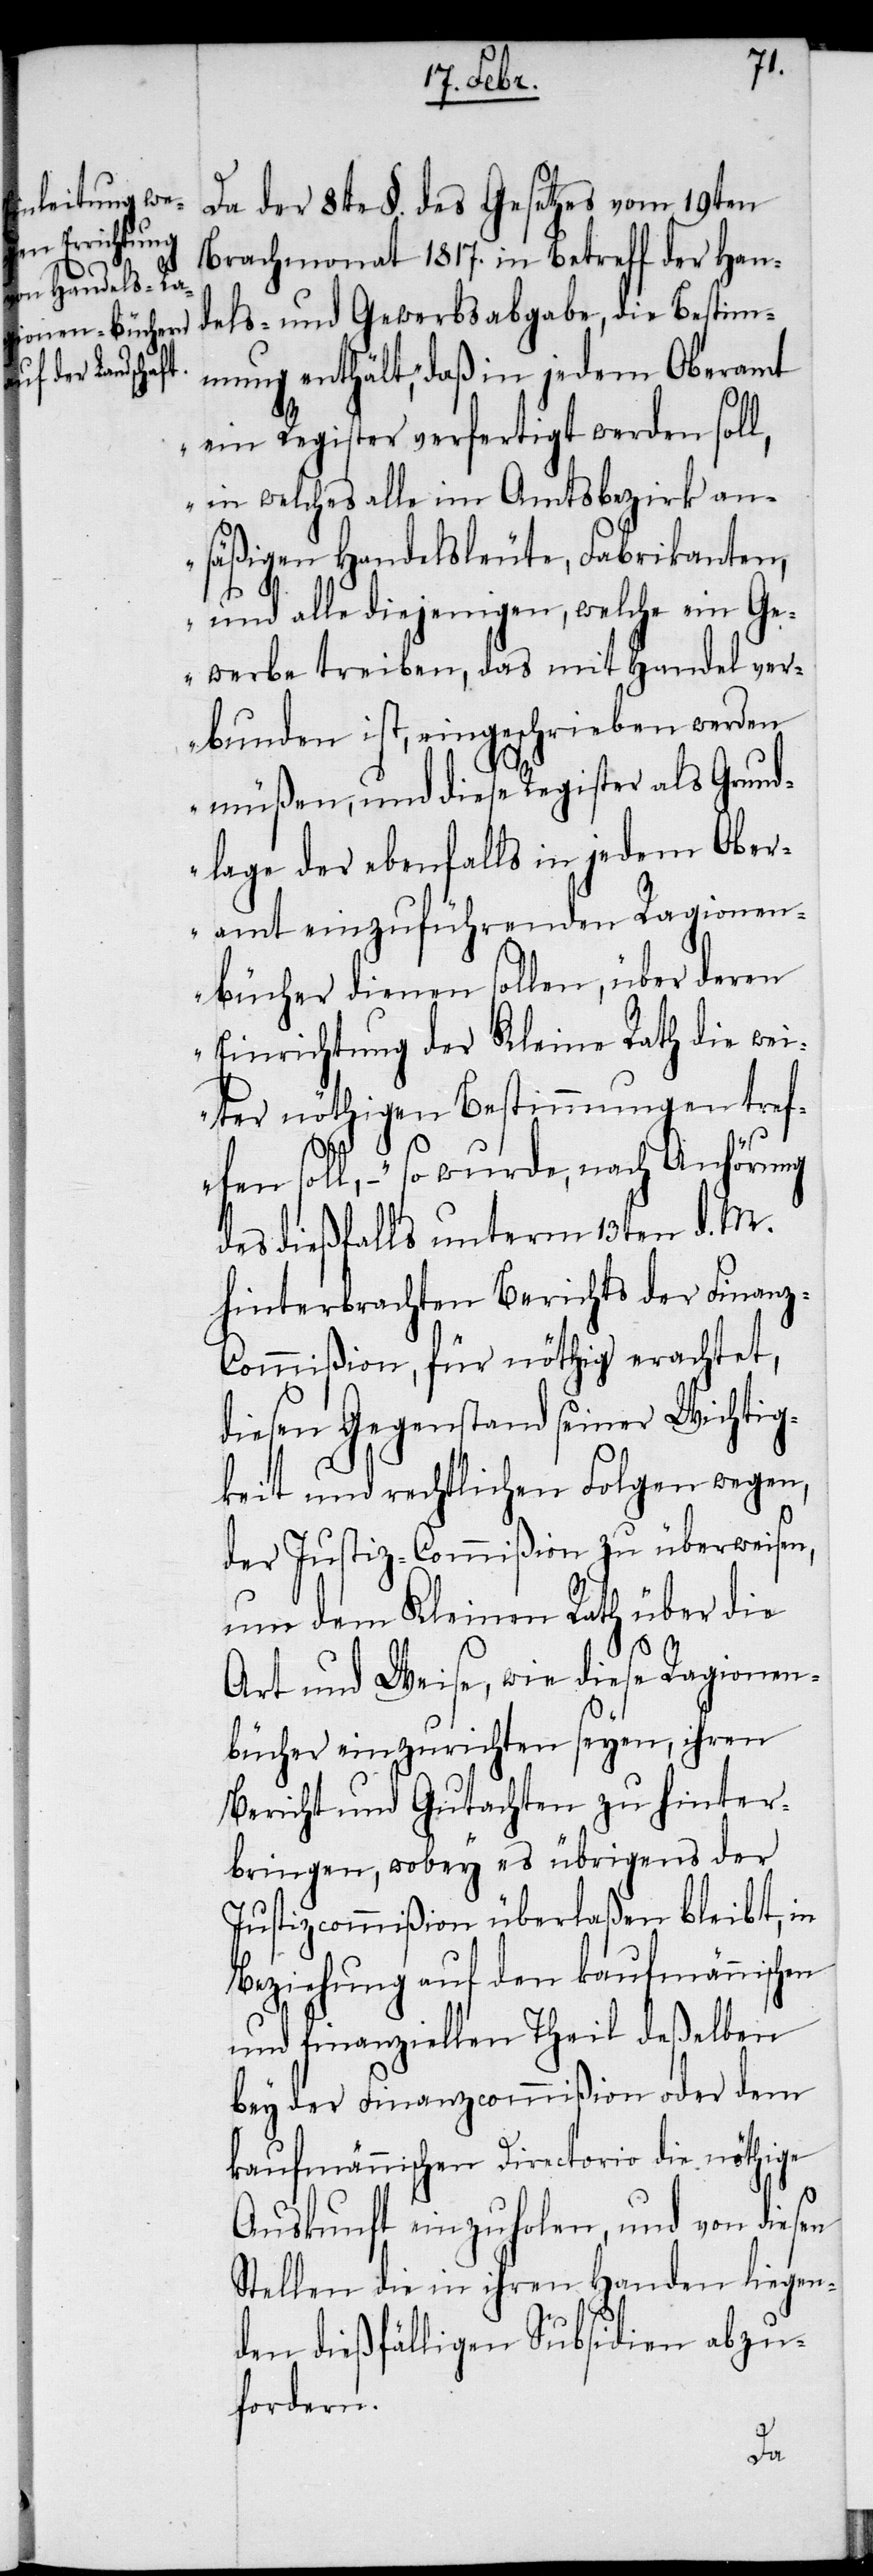
fen sol¬

Da der 8te §. des Gesetzes vom 19ten
Brachmonat 1817. in Betreff der Han¬
dels- und Gewerbsabgabe, die Bestim¬
mung enthält, daß in jedem Oberamt
„ein Register verfertigt werden soll,
in welches alle im Amtsbezirk an¬
säßigen Handelsleute, Fabrikanten,
und alle diejenigen, welche ein Ge¬
werbe treiben, das mit Handel ver¬
bunden ist, eingeschrieben werden
müßen, und diese Register als Grund¬
lage der ebenfalls in jedem Ober¬
amt einzuführenden Ragionen¬
bücher dienen sollen, über deren
Einrichtung der Kleine Rath die wei¬
ter nöthigen Bestimmungen tref¬
l, −“ so wurde, nach Anhörung
des dießfalls unterm 13ten d. M.
hinterbrachten Berichts der Finan¬
z-Commißion, für nöthig erachtet,
diesen Gegenstand seiner Wichtig¬
keit und rechtlichen Folgen wegen,
der Justiz-Commißion zu überweisen,
um dem Kleinen Rath über die
Art und Weise, wie diese Ragionen¬
bücher einzurichten seyen, ihren
Bericht und Gutachten zu hinter¬
bringen, wobey es übrigens der
Justizcommißion überlaßen bleibt, in
Beziehung auf den kaufmännischen
und finanziellen Theil deßelben
bey der Finanzcommißion oder dem
kaufmännischen Directorio die nöthige
Auskunft einzuholen, und von diesen
Stellen die in ihren Handen liegen¬
den dießfälligen Subsidien abzu¬
fordern.